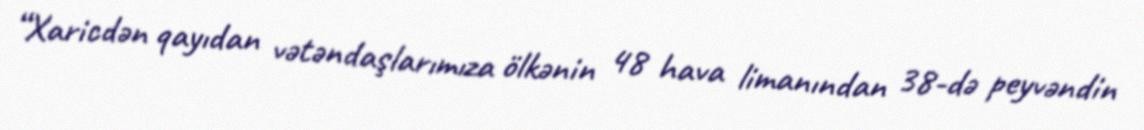
“Xaricdən qayıdan vətəndaşlarımıza ölkənin 48 hava limanından 38-də peyvəndin